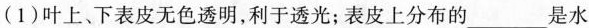
(1)叶上。下表皮无色透明，利于透光；表皮上分布的___是水